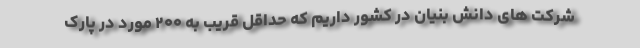
شرکت های دانش بنیان در کشور داریم که حداقل قریب به ۲۰۰ مورد در پارک